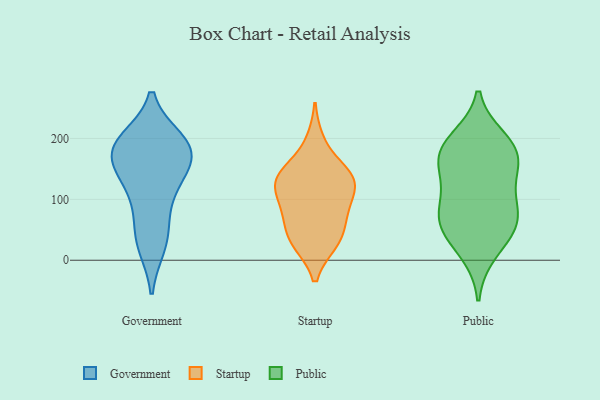
{"axis": {"x": "Production Output", "y": "Value"}, "legend": ["Government", "Public", "Startup"], "data": [{"x": "", "y": 182, "type": "Government"}, {"x": "", "y": 192, "type": "Government"}, {"x": "", "y": 68, "type": "Government"}, {"x": "", "y": 196, "type": "Government"}, {"x": "", "y": 25, "type": "Government"}, {"x": "", "y": 33, "type": "Government"}, {"x": "", "y": 185, "type": "Government"}, {"x": "", "y": 118, "type": "Government"}, {"x": "", "y": 145, "type": "Government"}, {"x": "", "y": 125, "type": "Government"}, {"x": "", "y": 175, "type": "Government"}, {"x": "", "y": 176, "type": "Government"}, {"x": "", "y": 100, "type": "Startup"}, {"x": "", "y": 136, "type": "Startup"}, {"x": "", "y": 29, "type": "Startup"}, {"x": "", "y": 58, "type": "Startup"}, {"x": "", "y": 135, "type": "Startup"}, {"x": "", "y": 137, "type": "Startup"}, {"x": "", "y": 31, "type": "Startup"}, {"x": "", "y": 195, "type": "Startup"}, {"x": "", "y": 78, "type": "Startup"}, {"x": "", "y": 80, "type": "Startup"}, {"x": "", "y": 30, "type": "Startup"}, {"x": "", "y": 145, "type": "Startup"}, {"x": "", "y": 132, "type": "Startup"}, {"x": "", "y": 113, "type": "Startup"}, {"x": "", "y": 170, "type": "Public"}, {"x": "", "y": 155, "type": "Public"}, {"x": "", "y": 48, "type": "Public"}, {"x": "", "y": 99, "type": "Public"}, {"x": "", "y": 65, "type": "Public"}, {"x": "", "y": 180, "type": "Public"}, {"x": "", "y": 197, "type": "Public"}, {"x": "", "y": 127, "type": "Public"}, {"x": "", "y": 182, "type": "Public"}, {"x": "", "y": 74, "type": "Public"}, {"x": "", "y": 60, "type": "Public"}, {"x": "", "y": 14, "type": "Public"}]}